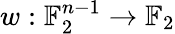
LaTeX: w:\mathbb{F}_{2}^{n-1}\to\mathbb{F}_{2}